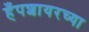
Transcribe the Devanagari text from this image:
हँपशायरच्या